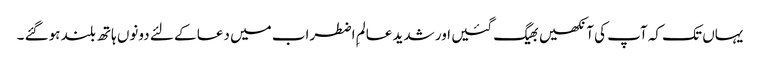
یہاں تک کہ آپ کی آنکھیں بھیگ گئیں اور شدید عالمِ اضطراب میں دعا کے لئے دونوں ہاتھ بلند ہوگئے ۔